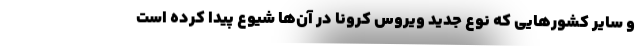
و سایر کشورهایی که نوع جدید ویروس کرونا در آن‌ها شیوع پیدا کرده است